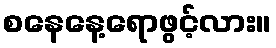
စနေနေ့ရောဖွင့်လား။